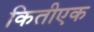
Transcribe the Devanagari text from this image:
कितीएक